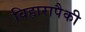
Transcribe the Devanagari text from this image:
विहारापैकी